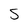
Character: S